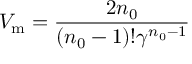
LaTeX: V _ { \mathrm { m } } = { \frac { 2 n _ { 0 } } { ( n _ { 0 } - 1 ) ! \gamma \sp { n _ { 0 } - 1 } } }